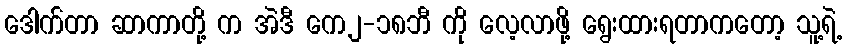
ဒေါက်တာ ဆာကာတို့ က အဲဒီ ကေ၂-၁၈ဘီ ကို လေ့လာဖို့ ရွေးထားရတာကတော့ သူ့ရဲ့